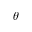
\boldsymbol { \theta }